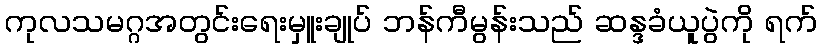
ကုလသမဂ္ဂအတွင်းရေးမှူးချုပ် ဘန်ကီမွန်းသည် ဆန္ဒခံယူပွဲကို ရက်